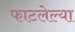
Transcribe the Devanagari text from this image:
फाटलेल्या